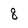
Character: 8